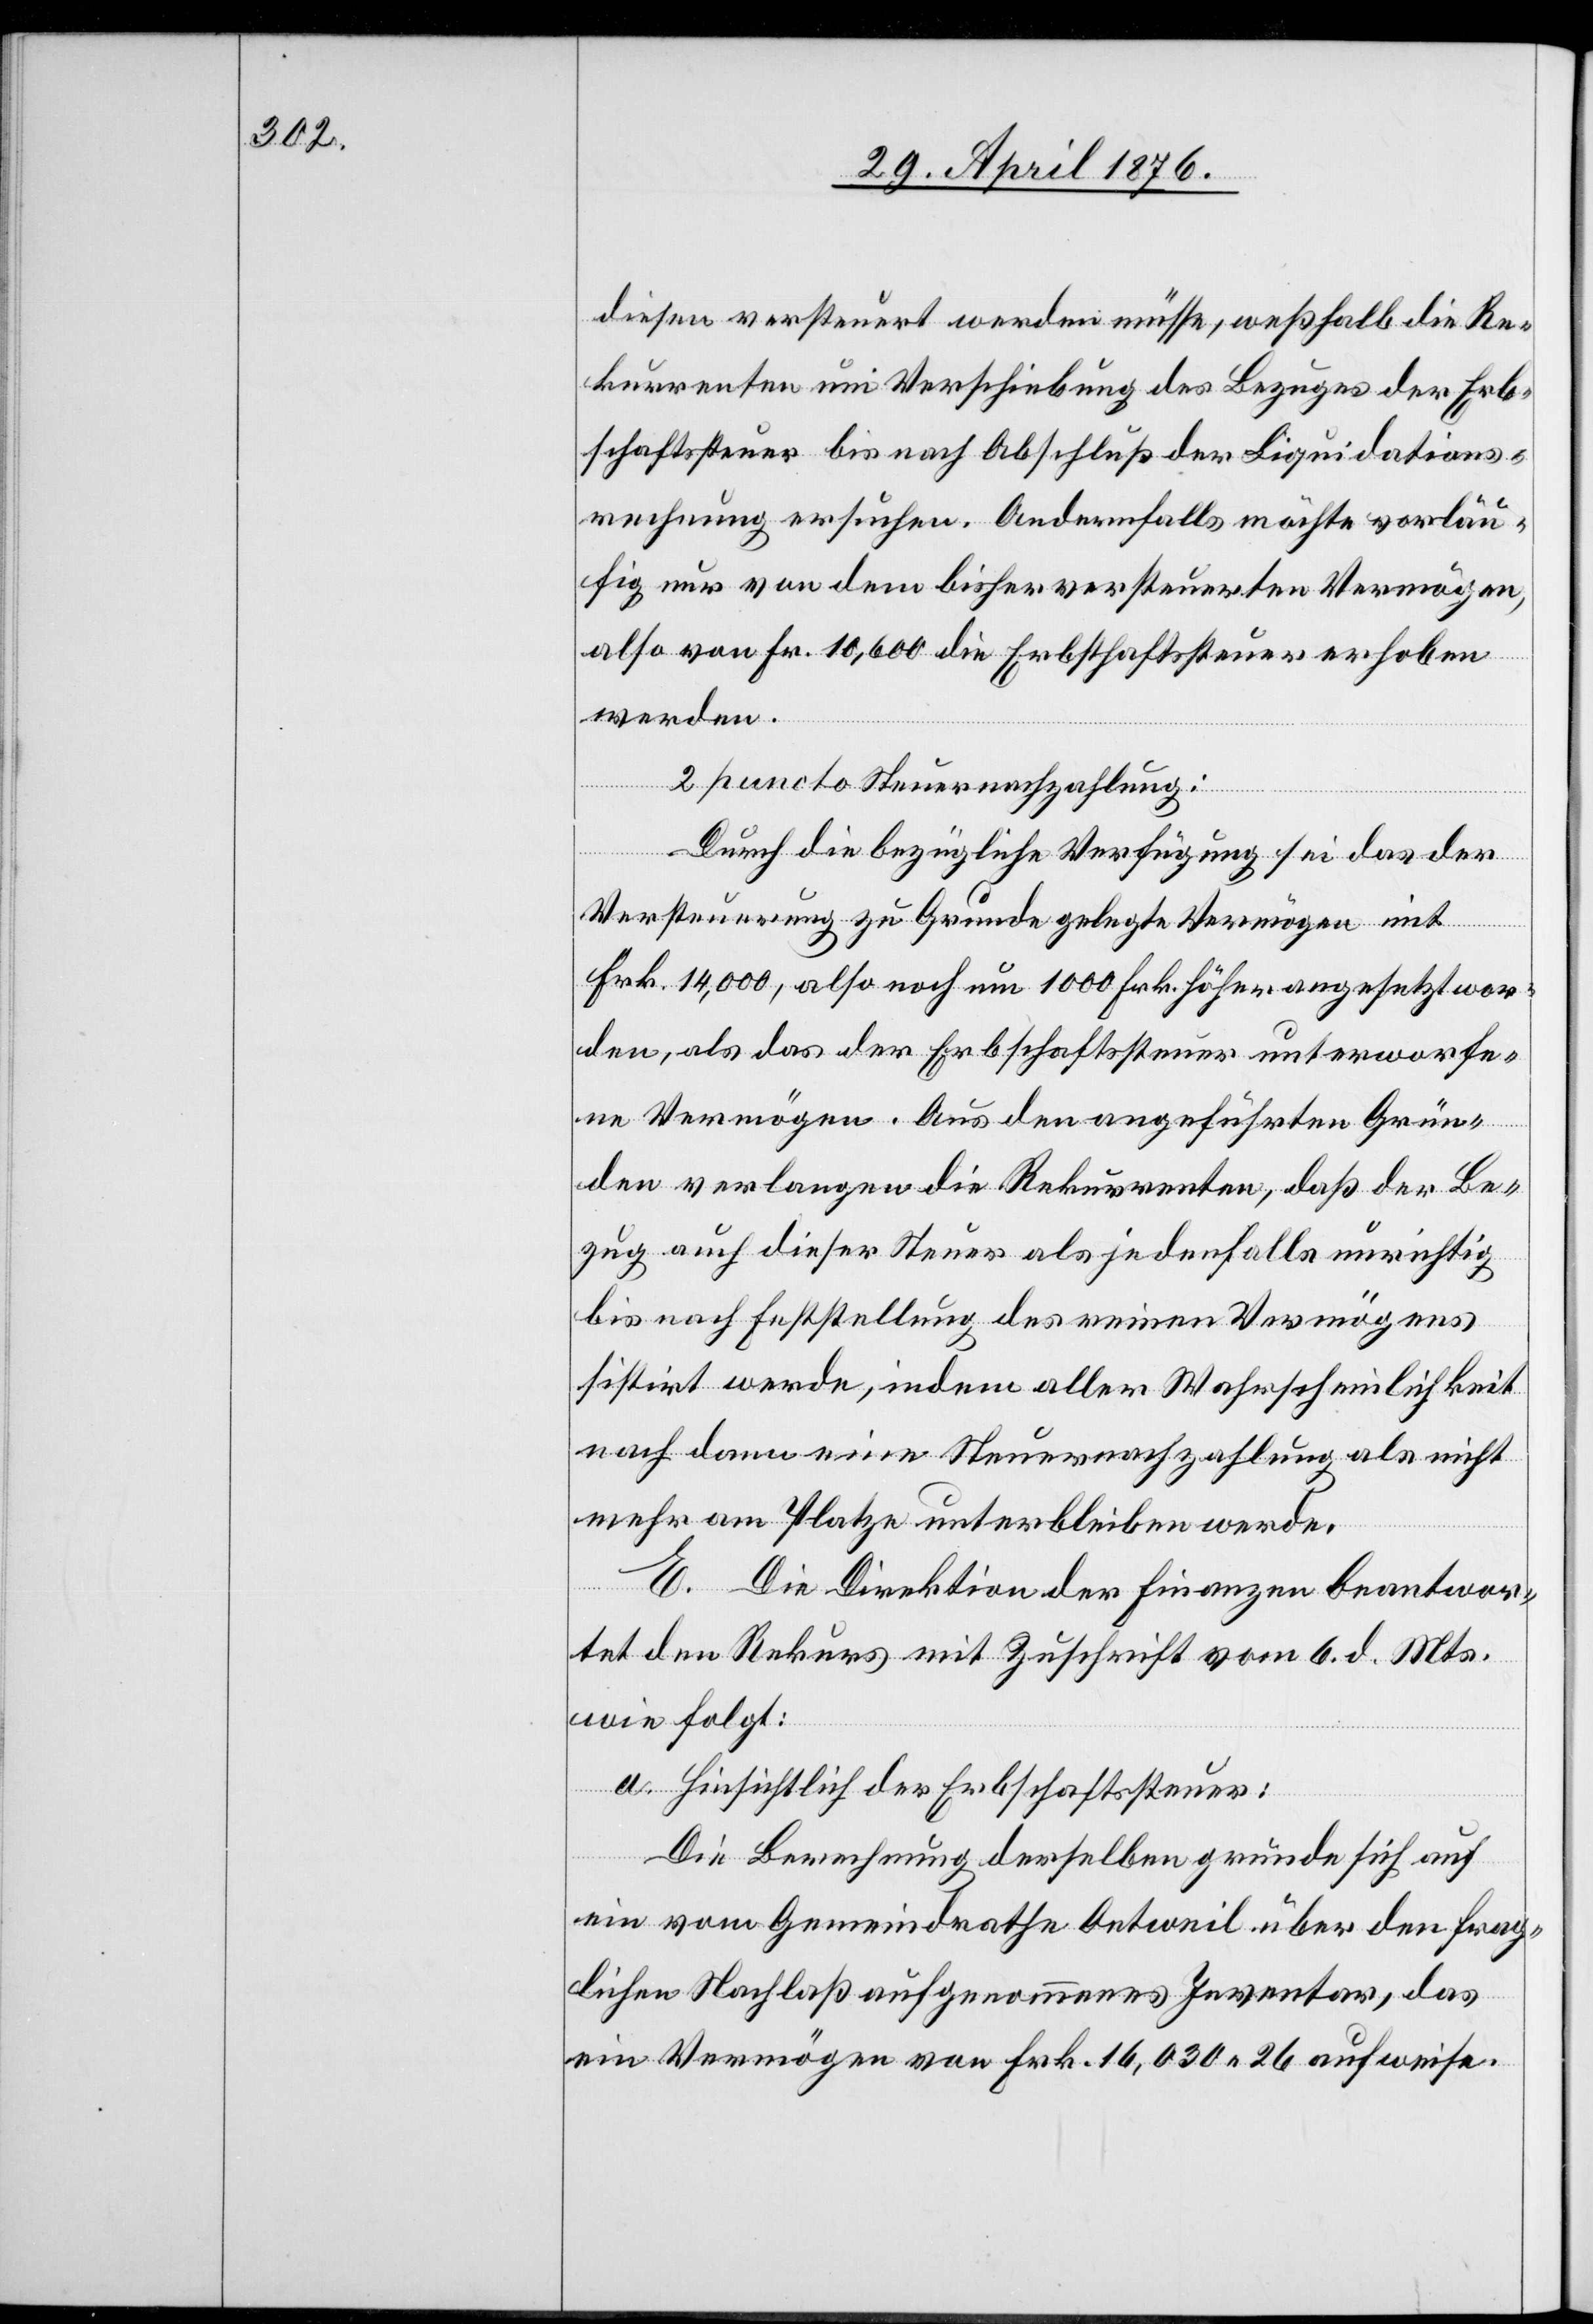
diesen versteuert werden müsse, weßhalb die Re¬
kurrenten um Verschiebung des Bezuges der Erb¬
schaftssteuer bis nach Abschluß der Liquidations¬
rechnung ersuchen. Andernfalls möchte vorläu¬
fig nur von dem bisher versteuerten Vermögen,
also von Fr. 10,600 die Erbschaftssteuer erhoben
werden.
2. puncto Steuernachzahlung:
Durch die bezügliche Verfügung sei das der
Versteuerung zu Grunde gelegte Vermögen mit
Frk. 14,000, also noch um 1000 Frk. höher angesetzt wor¬
den, als das der Erbschaftssteuer unterworfe¬
ne Vermögen. Aus den angeführten Grün¬
den verlangen die Rekurrenten, daß der Be¬
zug auch dieser Steuer als jedenfalls unrichtig
bis nach Feststellung des reinen Vermögens
sistirt werde, indem aller Wahrscheinlichkeit
nach dann eine Steuernachzahlung als nicht
mehr am Platze unterbleiben werde.
E. Die Direktion der Finanzen beantwor¬
tet den Rekurs mit Zuschrift vom 6. d. Mts.
wie folgt:
a. Hinsichtlich der Erbschaftssteuer:
Die Berechnung derselben gründe sich auf
ein vom Gemeindrathe Oetweil über den frag¬
lichen Nachlaß aufgenommenes Inventar, das
ein Vermögen von Frk. 16,030 26 aufweise.